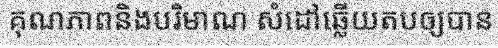
គុណភាពនិងបរិមាណ សំដៅឆ្លើយតបឲ្យបាន